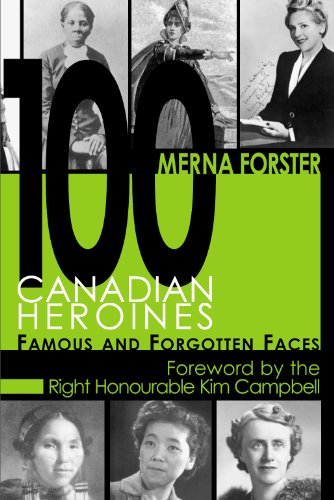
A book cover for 100 Canadian Heroines: Famous and Forgotten Faces; Merna Forster; Biographies & Memoirs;